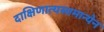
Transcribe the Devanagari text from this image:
दाक्षिणात्यसामान्येन